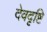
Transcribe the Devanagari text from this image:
देवदृष्टि